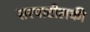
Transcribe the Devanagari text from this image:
सरपाटीलकी